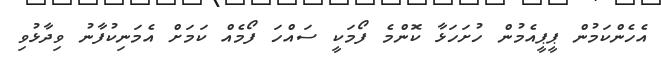
އެހެންކަމުން ޕީޕީއެމުން ހުށަހަޅާ ކޮންމެ ފޯމަކީ ސައްހަ ފޯމެއް ކަމަށް އެމަނިކުފާނު ވިދާޅުވި